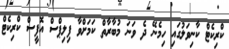
ކްރިކެޓް ކާނިވަލުގައި ހިމެނޭ ދެ ވަނަ މުބާރާތް ކަމަށްވާ ފިލިޕްސް އޮފީސް ކްރިކެޓް